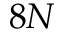
8 N